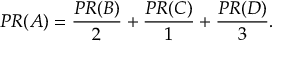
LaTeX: P R ( A ) = { \frac { P R ( B ) } { 2 } } + { \frac { P R ( C ) } { 1 } } + { \frac { P R ( D ) } { 3 } } .